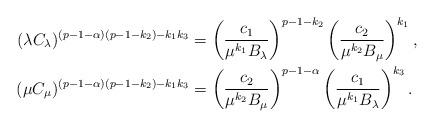
LaTeX: \begin{align*}(\lambda C_\lambda)^{(p-1-\alpha)(p-1-k_2)-k_1k_3} &=\left( \frac{c_1}{\mu^{k_1} B_\lambda} \right)^{p-1-k_2}\left( \frac{c_2}{\mu^{k_2} B_\mu} \right)^{k_1}, \\(\mu C_\mu)^{(p-1-\alpha)(p-1-k_2)-k_1k_3} &=\left( \frac{c_2}{\mu^{k_2} B_\mu} \right)^{p-1-\alpha}\left( \frac{c_1}{\mu^{k_1} B_\lambda} \right)^{k_3}.\end{align*}